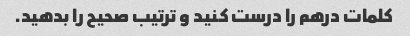
کلمات درهم را درست کنید و ترتیب صحیح را بدهید.